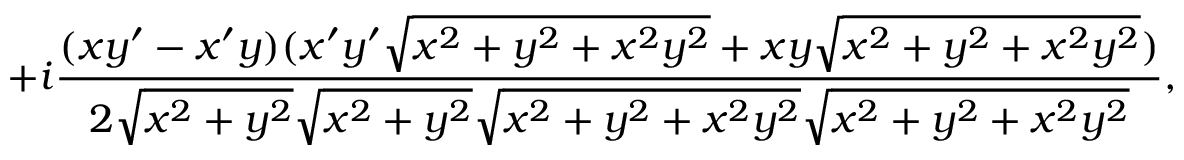
+ i { \frac { ( x y ^ { \prime } - x ^ { \prime } y ) ( x ^ { \prime } y ^ { \prime } { \sqrt { x ^ { 2 } + y ^ { 2 } + x ^ { 2 } y ^ { 2 } } } + x y { \sqrt { x ^ { 2 } + y ^ { 2 } + x ^ { 2 } y ^ { 2 } } } ) } { 2 { \sqrt { x ^ { 2 } + y ^ { 2 } } } { \sqrt { x ^ { 2 } + y ^ { 2 } } } { \sqrt { x ^ { 2 } + y ^ { 2 } + x ^ { 2 } y ^ { 2 } } } { \sqrt { x ^ { 2 } + y ^ { 2 } + x ^ { 2 } y ^ { 2 } } } } } ,